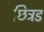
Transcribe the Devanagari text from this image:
छित्रड